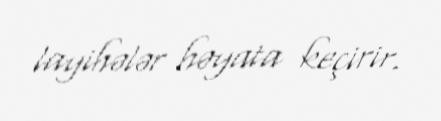
layihələr həyata keçirir.